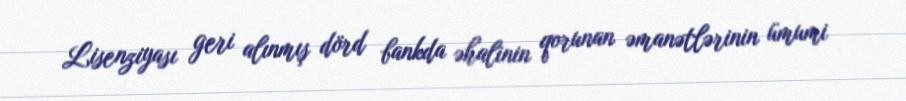
Lisenziyası geri alınmış dörd bankda əhalinin qorunan əmanətlərinin ümumi